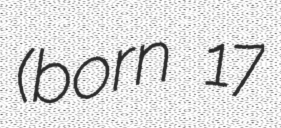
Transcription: (born 17